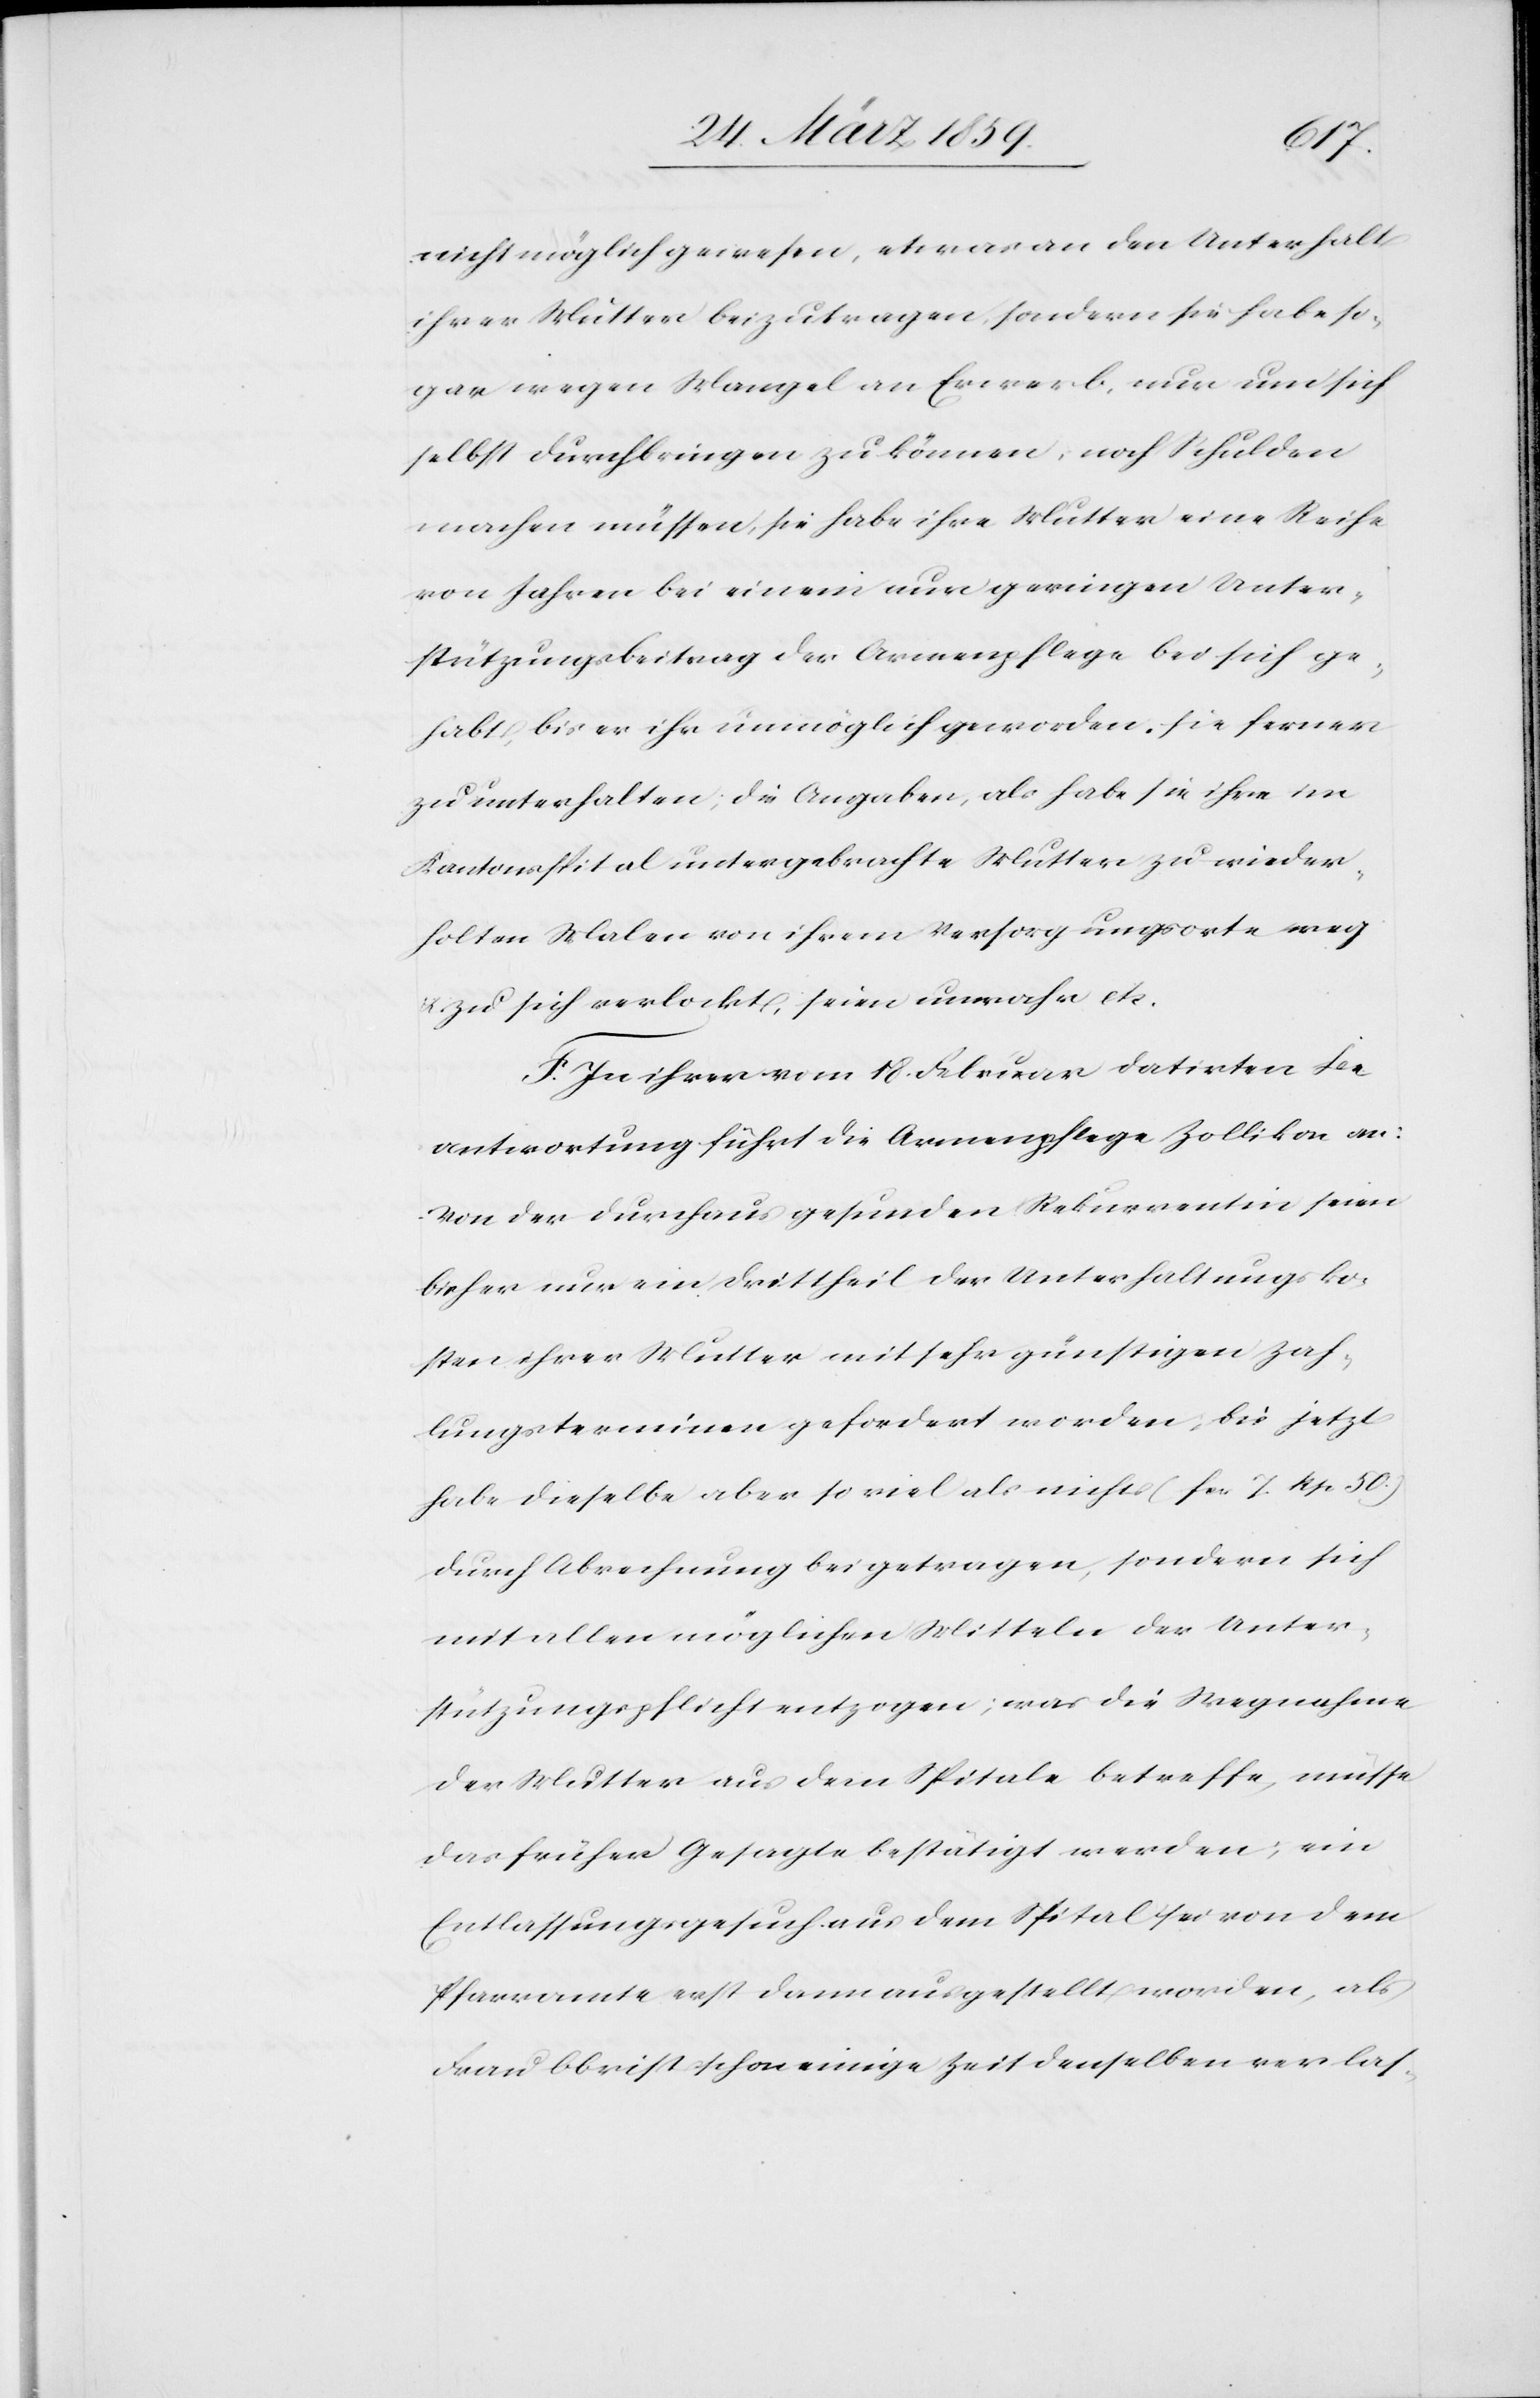
nicht möglich gewesen, etwas an den Unterhalt
ihrer Mutter beizutragen, sondern sie habe so¬
gar wegen Mangel an Erwerb, nur um sich
selbst durchbringen zu können, noch Schulden
machen müssen, sie habe ihre Mutter eine Reihe
von Jahren bei einem nur geringen Unter¬
stützungsbeitrag der Armenpflege bei sich ge¬
habt, bis es ihr unmöglich geworden, sie ferner
zu unterhalten; die Angaben, als habe sie ihre im
Kantonsspital untergebrachte Mutter zu wieder¬
holten Malen von ihrem Versorgungsorte weg
u. zu sich verlockt, seien unwahr etc.
F. In ihrer vom 18. Februar datirten Be¬
antwortung führt die Armenpflege Zollikon an:
Von der durchaus gesunden Rekurrentin seien
bisher nur ein Drittheil der Unterhaltungsko¬
sten ihrer Mutter mit sehr günstigen Zah¬
lungsterminen gefordert worden; bis jetzt
habe dieselbe aber so viel als nichts (fcs. 7 Rp. 50.)
durch Abrechnung beigetragen, sondern sich
mit allen möglichen Mitteln der Unter¬
stützungspflicht entzogen; was die Wegnahme
der Mutter aus dem Spitale betreffe, müsse
das früher Gesagte bestätigt werden; ein
Entlassungsgesuch aus dem Spital sei von dem
Pfarramte erst dann ausgestellt worden, als
Frau Obrist schon einige Zeit denselben verlas-